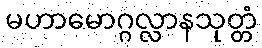
မဟာမောဂ္ဂလ္လာနသုတ္တံ